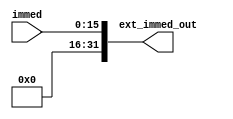
module sign_extend( immed, ext_immed_out ) ;
	input [15:0] immed ;
	output [31:0] ext_immed_out ;
	
	assign ext_immed_out = { 16'b0, immed } ;
	
endmodule